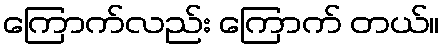
ကြောက်လည်း ကြောက် တယ်။